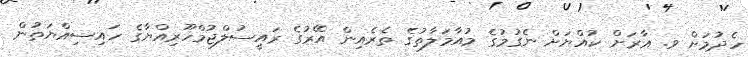
ހެދުމަށް ވ. އާރަށް ކުއްޔަށް ނެގުމުގެ މުއާމަލާތުގެ ތެރެއިން އޭރުގެ ރައީސުލްޖުމްހޫރިއްޔާގެ ހައިސިއްޔަތުން